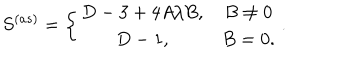
S ^ { ( a s ) } = \left\{ \begin{array} { c c } { { D - 3 + 4 A / B , } } & { { B \neq 0 } } \\ { { D - 1 , } } & { { B = 0 . } } \\ \end{array} \right. .